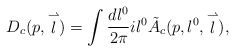
\begin{align*}D_c(p,\stackrel{\rightharpoonup}{l})=\int \frac{dl^0}{2\pi}il^0 \tilde{A}_c(p,l^0,\stackrel{\rightharpoonup}{l}),\end{align*}